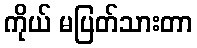
ကိုယ် မပြတ်သားတာ